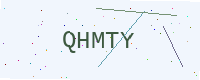
Text: QHMTY